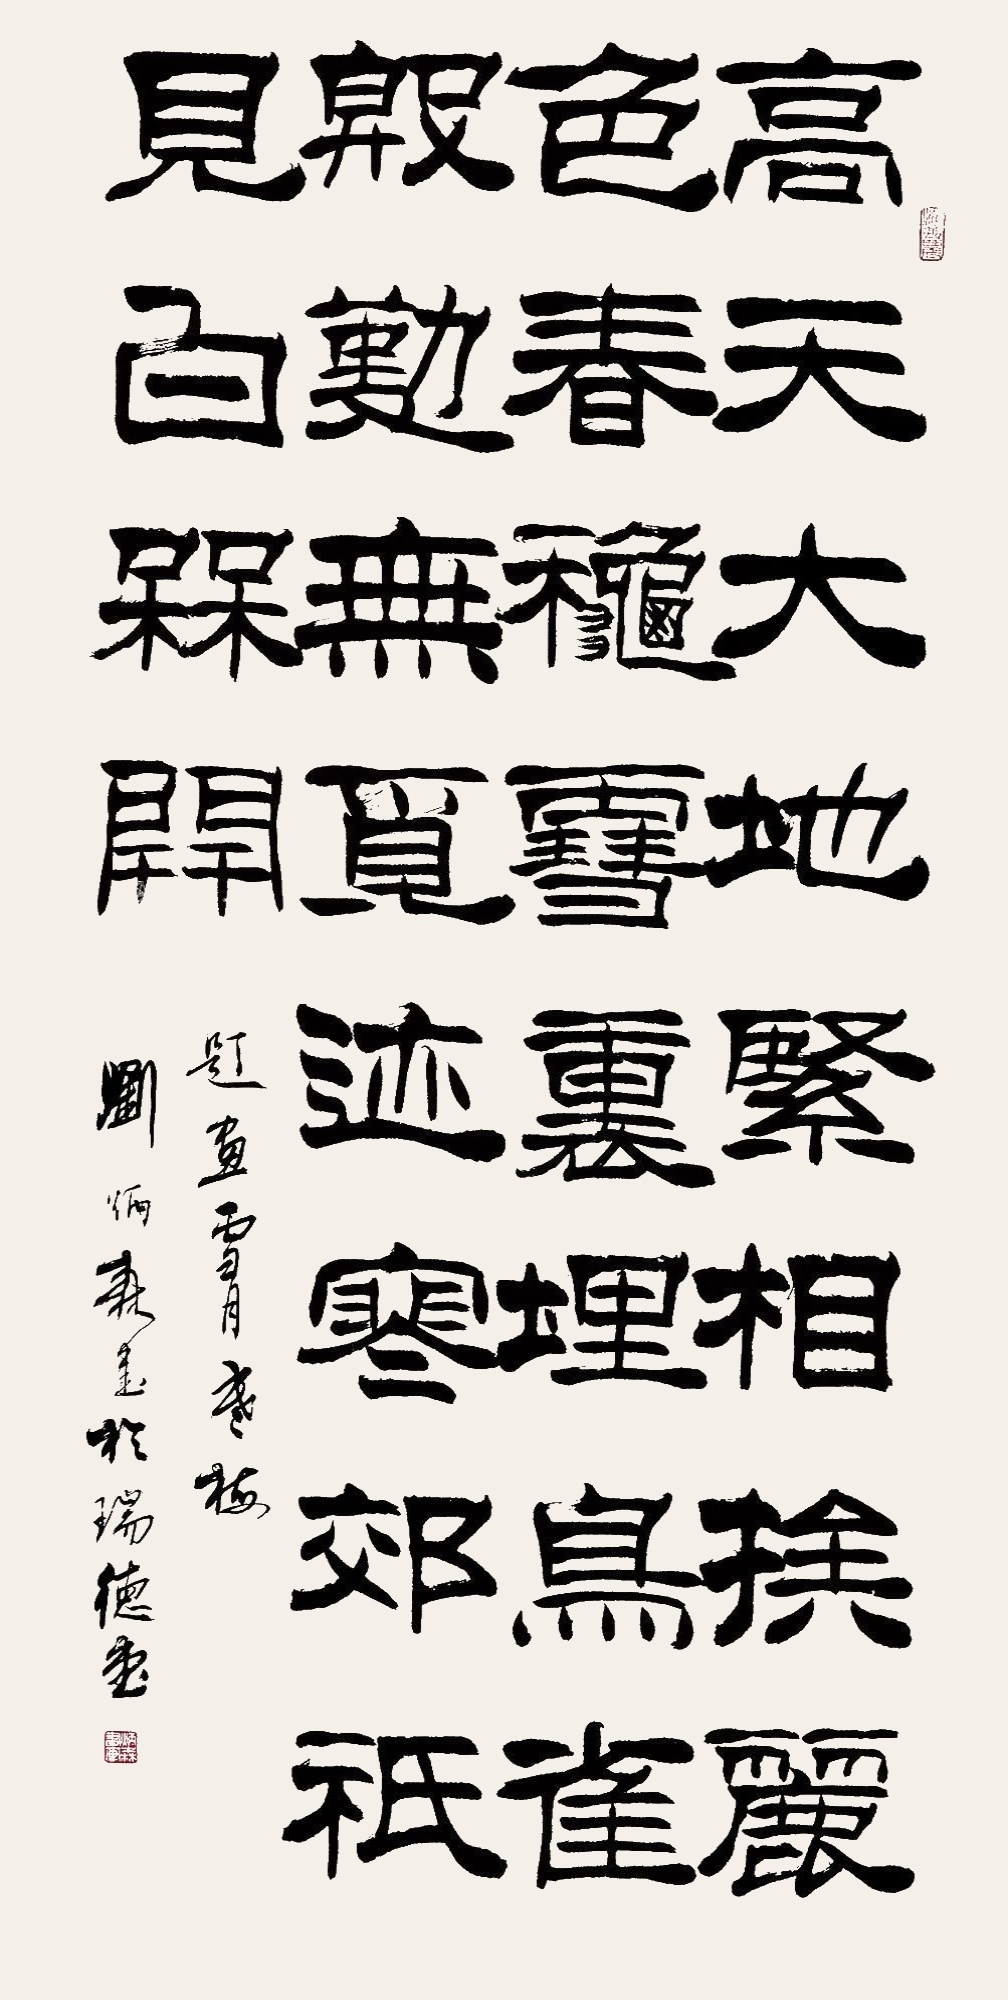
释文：高天大地紧相挨，丽色春秋雪里埋。鸟雀殷勤无觅迹，寒郊祗见白梅开。题画雪月寒梅，刘炳森书于瑞德瑞德堂。